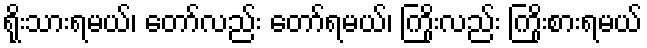
ရိုးသားရမယ်၊ တော်လည်း တော်ရမယ်၊ ကြိုးလည်း ကြိုးစားရမယ်